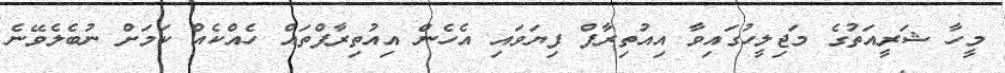
މީހާ ޝަރީއަތުގެ މަޖިލީހުގައިވާ އިއުތިރާފް ފިޔަވައި އެހެން އިއުތިރާފްތައް ހެއްކެއް ކަމަށް ނުބެލެވޭނެ